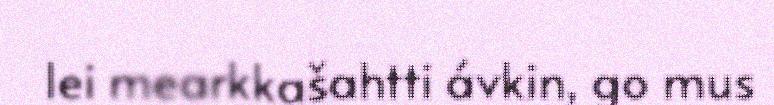
lei mearkkašahtti ávkin, go mus